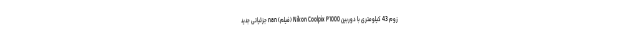
زوم 43 کیلومتری با دوربین Nikon Coolpix P1000 (فیلم) nan جزئیاتی جدید